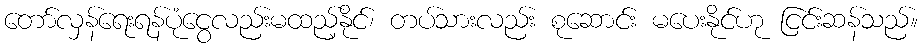
တော်လှန်ရေးရန်ပုံငွေလည်းမထည့်နိုင်၊ တပ်သားလည်း စုဆောင်း မပေးနိုင်ဟု ငြင်းဆန်သည်။